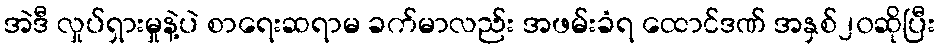
အဲဒီ လှုပ်ရှားမှုနဲ့ပဲ စာရေးဆရာမ ခက်မာလည်း အဖမ်းခံရ ထောင်ဒဏ် အနှစ်၂၀ဆိုပြီး